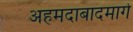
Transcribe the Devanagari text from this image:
अहमदाबादमार्गे